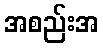
အစည်းအ